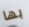
بها